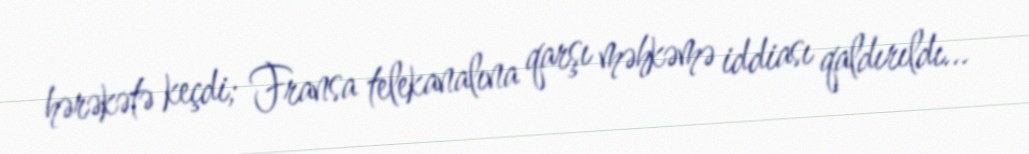
hərəkətə keçdi; Fransa telekanalına qarşı məhkəmə iddiası qaldırıldı...